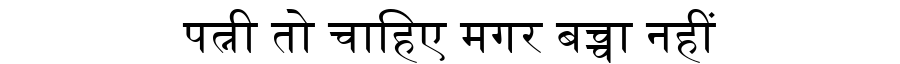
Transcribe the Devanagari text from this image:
पत्नी तो चाहिए मगर बच्चा नहीं